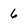
Character: 6